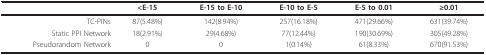
<table><thead><tr><td></td><td><b><i>&lt;</i>E-15</b></td><td><b>E-15 to E-10</b></td><td><b>E-10 to E-5</b></td><td><b>E-5 to 0.01</b></td><td><b>≥0.01</b></td></tr></thead><tbody><tr><td>TC-PINs</td><td>87(5.48%)</td><td>142(8.94%)</td><td>257(16.18%)</td><td>471(29.66%)</td><td>631(39.74%)</td></tr><tr><td>Static PPI Network</td><td>18(2.91%)</td><td>29(4.68%)</td><td>77(12.44%)</td><td>190(30.69%)</td><td>305(49.28%)</td></tr><tr><td>Pseudorandom Network</td><td>0</td><td>0</td><td>1(0.14%)</td><td>61(8.33%)</td><td>670(91.53%)</td></tr></tbody></table>